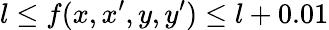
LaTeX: l\le f(x,x^{\prime},y,y^{\prime})\le l+0.01